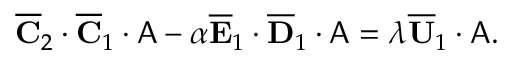
\begin{array} { r } { \overline { { \mathbf { C } } } _ { 2 } \cdot \overline { { \mathbf { C } } } _ { 1 } \cdot \mathsf { A } - \alpha \overline { { \mathbf { E } } } _ { 1 } \cdot \overline { { \mathbf { D } } } _ { 1 } \cdot \mathsf { A } = \lambda \overline { { \mathbf { U } } } _ { 1 } \cdot \mathsf { A } . } \end{array}